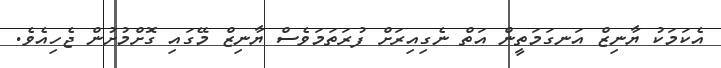
އެކަމަކު ޔާނިޒް އަނގަމަތީން އަތް ނެގިއިރަށް ފުރަތަމަވެސް ޔާނިޒް މޭގައި ގޮށްމުށުން ޖެހިއެވެ.